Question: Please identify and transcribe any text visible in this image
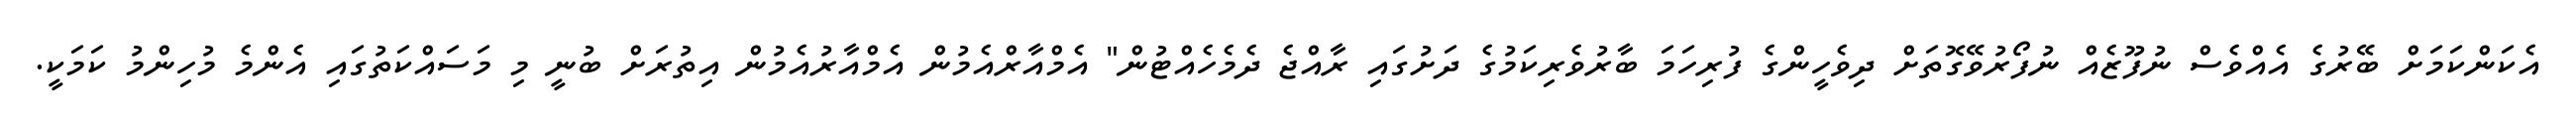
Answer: އެކަންކަމަށް ބޭރުގެ އެއްވެސް ނުފޫޒެއް ނުފޯރުވޭގޮތަށް ދިވެހީންގެ ފުރިހަމަ ބާރުވެރިކަމުގެ ދަށުގައި ރާއްޖެ ދެމެހެއްޓުން" އެމްއާރްއެމުން އެމްއާރުއެމުން އިތުރަށް ބުނީ މި މަސައްކަތުގައި އެންމެ މުހިންމު ކަމަކީ.